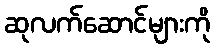
ဆုလက်ဆောင်များကို